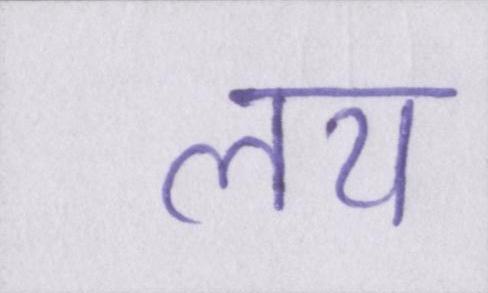
लय